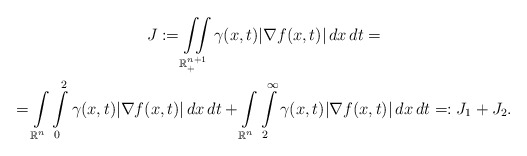
\begin{gather*}J:=\iint\limits_{\mathbb{R}^{n+1}_{+}}\gamma(x,t)|\nabla f(x,t)|\,dx\,dt=\\=\int\limits_{\mathbb{R}^{n}}\int\limits_{0}^{2}\gamma(x,t)|\nabla f(x,t)|\,dx\,dt+\int\limits_{\mathbb{R}^{n}}\int\limits_{2}^{\infty}\gamma(x,t)|\nabla f(x,t)|\,dx\,dt=:J_{1}+J_{2}.\end{gather*}